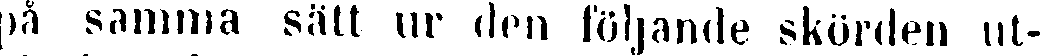
på samma sätt ur den följande skörden ut-